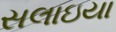
સલાઇયા